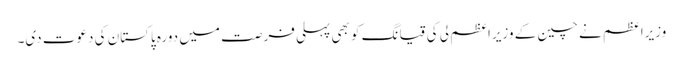
وزیراعظم نے چین کے وزیراعظم لی کی قیانگ کو بھی پہلی فرصت میں دورہ پاکستان کی دعوت دی۔